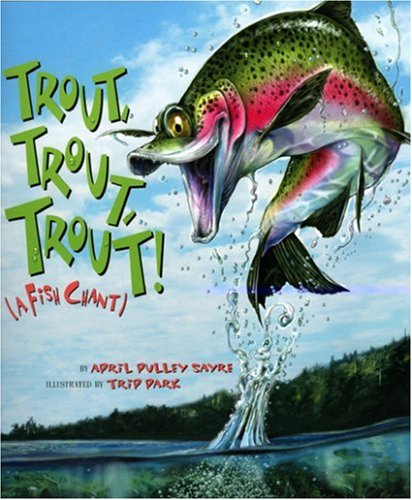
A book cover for Trout, Trout, Trout!: A Fish Chant (American City Series); April Pulley Sayre; Children's Books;